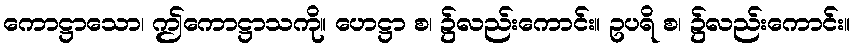
ကောဋ္ဌာသော၊ ဤကောဋ္ဌာသကို။ ဟေဋ္ဌာ စ၊ ၌လည်းကောင်း။ ဥပရိ စ၊ ၌လည်းကောင်း။